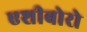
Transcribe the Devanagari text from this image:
एशीबोरो